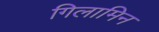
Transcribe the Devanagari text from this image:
गिलामिन